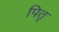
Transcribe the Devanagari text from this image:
पितृ